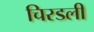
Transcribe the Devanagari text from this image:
चिरडली